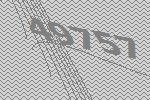
49757